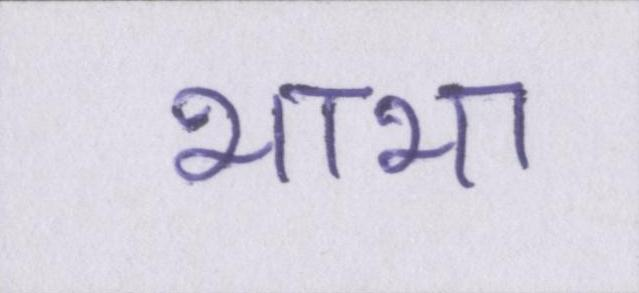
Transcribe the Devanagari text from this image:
भाभा